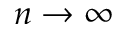
n \to \infty